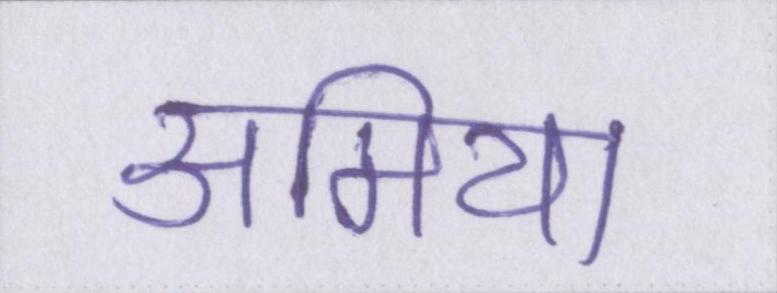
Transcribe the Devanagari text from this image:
अमिया